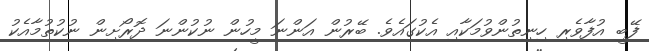
ފޭބީ އުފާވެރި ހިނިތުންވުމަކާއި އެކުގައެވެ. ބޭރުން އަންނަ މީހުން ނުކުންނަ ދޮރޯށިން ނުކުތުމާއެކު